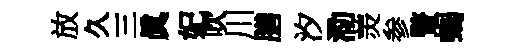
放久三眞妃吹川膳汐泐羙参瞥蝎